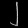
Digit: ၂